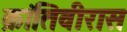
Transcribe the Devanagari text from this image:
क्रांतिवीरास